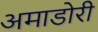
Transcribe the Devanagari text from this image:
अमाडोरी